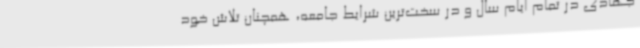
جهادی در تمام ایام سال و در سخت‌ترین شرایط جامعه، همچنان تلاش خود